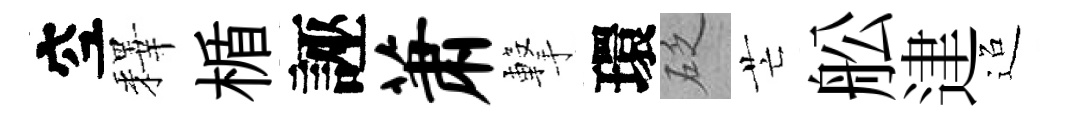
空釋楯誣萧撃環砭芒舩䢖迢